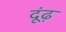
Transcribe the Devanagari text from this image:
दूंढ़